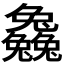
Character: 𠓗